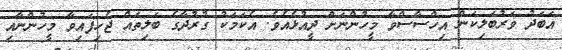
އަބަދު ވަރުބަލިކަން އިހްސާސްވާ މީހުންނަށް ދީއުޅެއެވެ. އެކަމަކު ގުރުދާގެ ބަލިތައް ޖެހިފައިވާ މީހުންނާއި